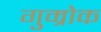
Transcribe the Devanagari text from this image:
गुम्रोक